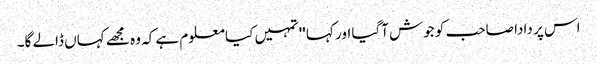
اس پر دادا صاحب کو جوش آگیا اور کہا ''تمہیں کیا معلوم ہے کہ وہ مجھے کہاں ڈالے گا۔